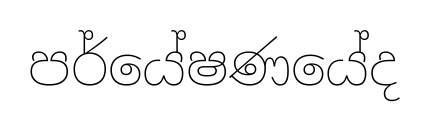
පර්යේෂණයේද